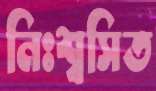
নিঃশ্বসিত